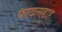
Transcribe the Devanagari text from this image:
फादलल्लाह